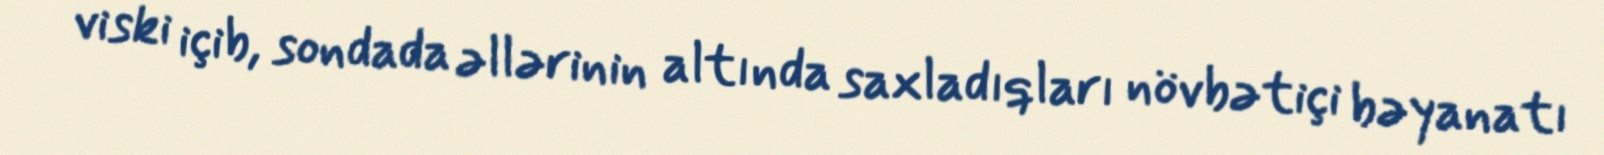
viski içib, sondada əllərinin altında saxladıqları növbətiçi bəyanatı